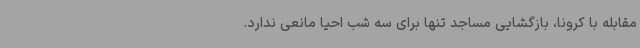
مقابله با کرونا، بازگشایی مساجد تنها برای سه شب احیا مانعی ندارد.